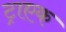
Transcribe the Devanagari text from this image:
ट्राएक